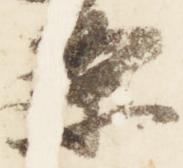
条